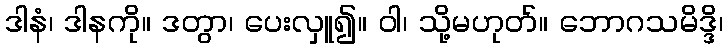
ဒါနံ၊ ဒါနကို။ ဒတွာ၊ ပေးလှူ၍။ ဝါ၊ သို့မဟုတ်။ ဘောဂသမိဒ္ဒိ၊